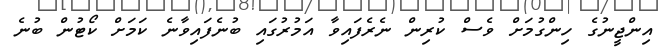
އިންޖީނުގެ ހިންގުމަށް ވެސް ކުރިން ނެރެފައިވާ އަމުރުގައި ބުނެފައިވާނެ ކަމަށް ކޯޓުން ބުނެ